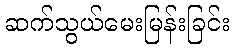
ဆက်သွယ်မေးမြန်းခြင်း